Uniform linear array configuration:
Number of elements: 64
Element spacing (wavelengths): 0.5
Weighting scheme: hamming
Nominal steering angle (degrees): -45
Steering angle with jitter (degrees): -44.44
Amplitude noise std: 0.05
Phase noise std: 0.05

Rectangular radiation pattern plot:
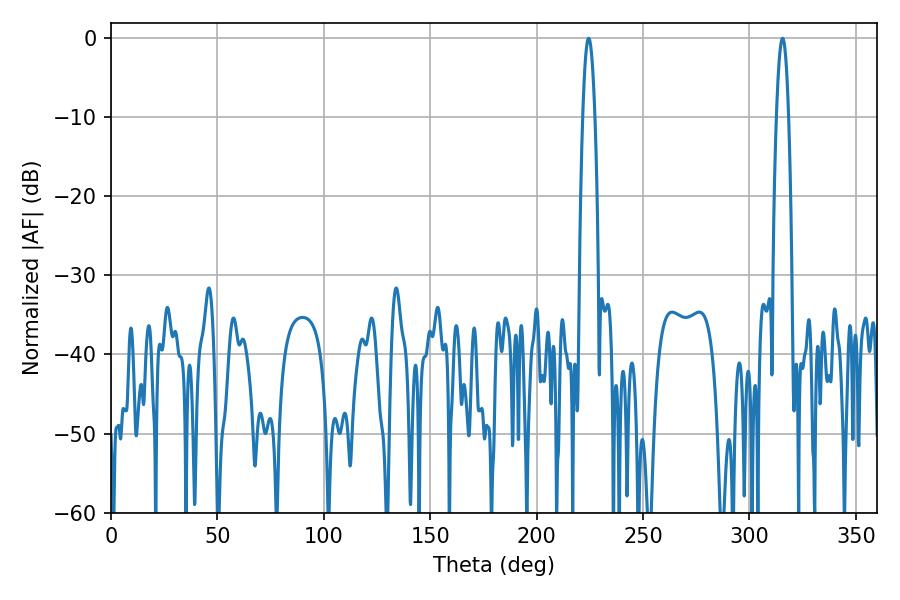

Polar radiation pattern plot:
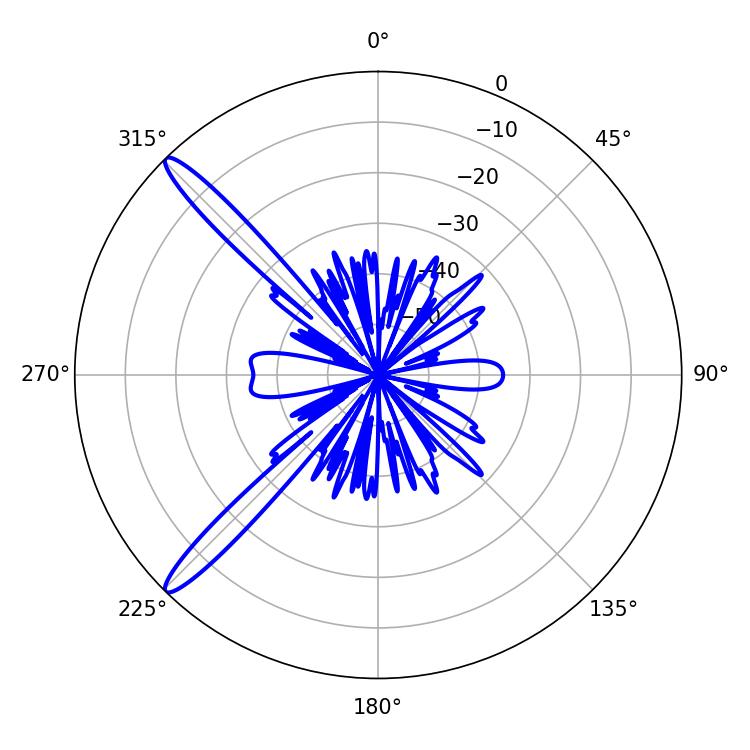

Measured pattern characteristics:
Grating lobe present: FALSE
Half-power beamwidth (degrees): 3.24
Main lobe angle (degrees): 224.46